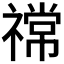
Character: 𫀠